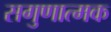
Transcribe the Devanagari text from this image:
सगुणात्मक